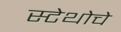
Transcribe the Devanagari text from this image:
स्टेथोचे